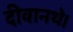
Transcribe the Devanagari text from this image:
दीवानथे।